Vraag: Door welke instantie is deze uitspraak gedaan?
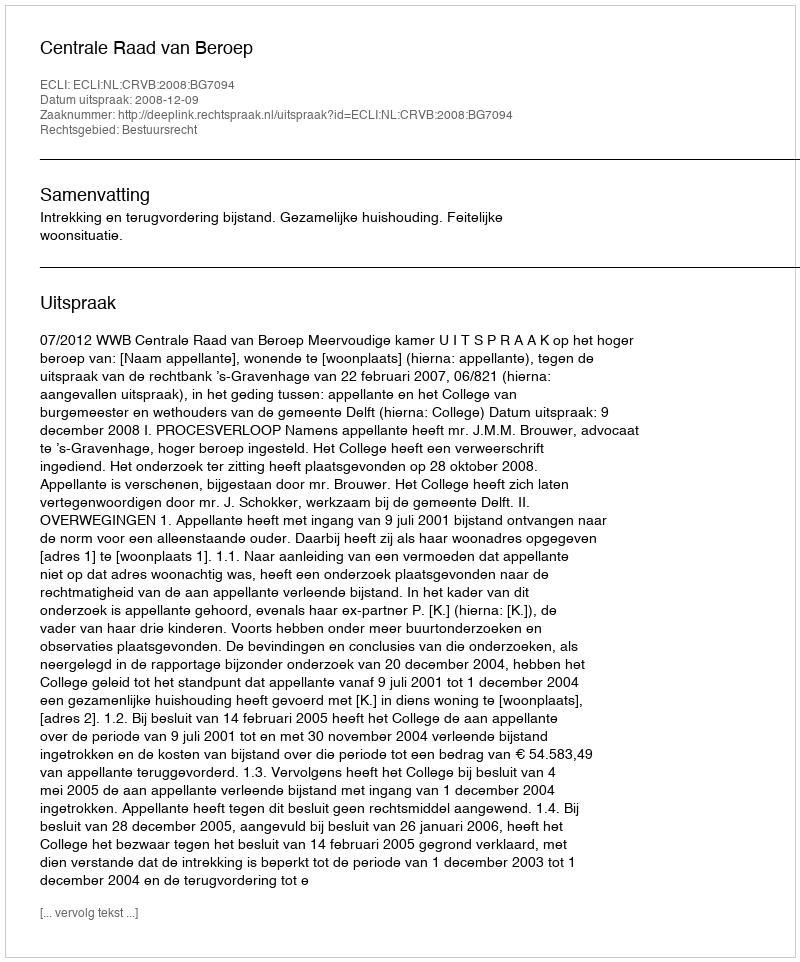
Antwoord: Centrale Raad van Beroep